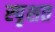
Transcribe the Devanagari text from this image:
स्पृशत